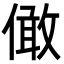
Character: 㒈